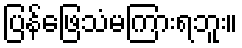
ပြန်ဖြေသံမကြားရဘူး။